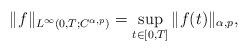
LaTeX: \begin{align*}\|f\|_{L^{\infty}(0,T; C^{\alpha,p})} = \sup_{t\in [0,T]}\|f(t)\|_{\alpha,p},\end{align*}